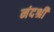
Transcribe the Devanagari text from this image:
नंदश्री